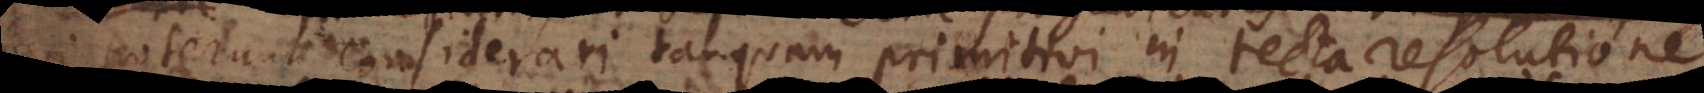
poterunt considerari tanquam primitivi in recta resolutione